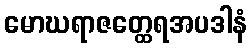
မောဃရာဇတ္ထေရအပဒါနံ